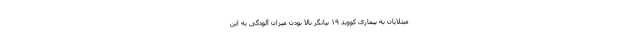
مبتلایان به بیماری کووید ۱۹ بیانگر بالا بودن میزان آلودگی به این